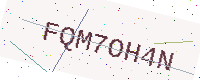
Text: FQM7OH4N